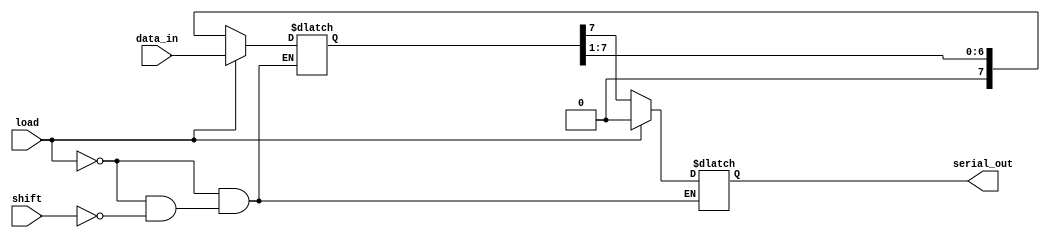
module PISO_Register #(
    parameter N = 8  // The width of the register (number of bits)
)(
    input wire [N-1:0] data_in, // Parallel data input
    input wire load,            // Asynchronous load signal
    input wire shift,           // Asynchronous shift signal
    output reg serial_out       // Serial output
);

    reg [N-1:0] shift_reg; // Internal shift register to hold the data

    // Load data asynchronously
    always @* begin
        if (load) begin
            shift_reg = data_in; // Load parallel data
            serial_out = 1'b0;   // Maintain serial output
        end else if (shift) begin
            // Shift logic
            serial_out = shift_reg[N-1]; // Shift out the MSB
            shift_reg = {1'b0, shift_reg[N-1:1]}; // Shift left by 1
        end
    end

endmodule